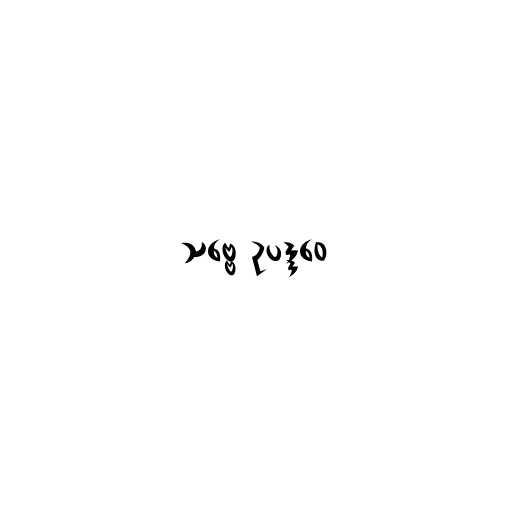
သဗ္ဗေ ဥပဒ္ဒဝေ